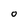
Character: o